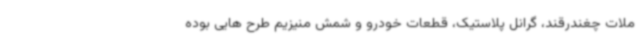
ملات چغندرقند، گرانل پلاستیک، قطعات خودرو و شمش منیزیم طرح هایی بوده